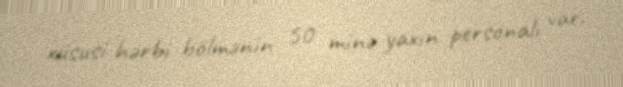
xüsusi hərbi bölmənin 50 minə yaxın personalı var.